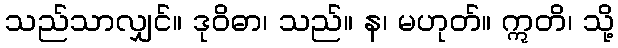
သည်သာလျှင်။ ဒုဝိဓာ၊ သည်။ န၊ မဟုတ်။ ဣတိ၊ သို့